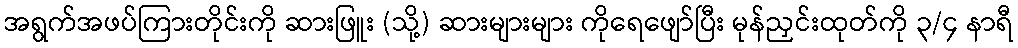
အရွက်အဖပ်ကြားတိုင်းကို ဆားဖြူး (သို့) ဆားများများ ကိုရေဖျော်ပြီး မုန်ညှင်းထုတ်ကို ၃/၄ နာရီ